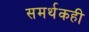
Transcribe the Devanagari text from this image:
समर्थकही